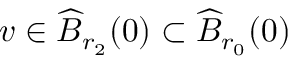
v \in \widehat { B } _ { r _ { 2 } } ( 0 ) \subset \widehat { B } _ { r _ { 0 } } ( 0 )